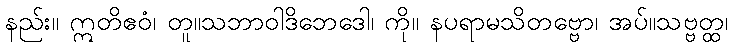
နည်း။ ဣတိဧဝံ၊ တူ။သဘာဝါဒိဘေဒေါ၊ ကို။ နပရာမသိတဗ္ဗော၊ အပ်။သဗ္ဗတ္ထ၊